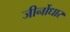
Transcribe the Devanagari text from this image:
जीर्नोधार